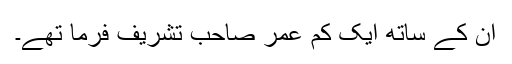
ان کے ساتھ ایک کم عمر صاحب تشریف فرما تھے۔